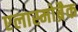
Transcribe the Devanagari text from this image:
एलास्मोब्रैक